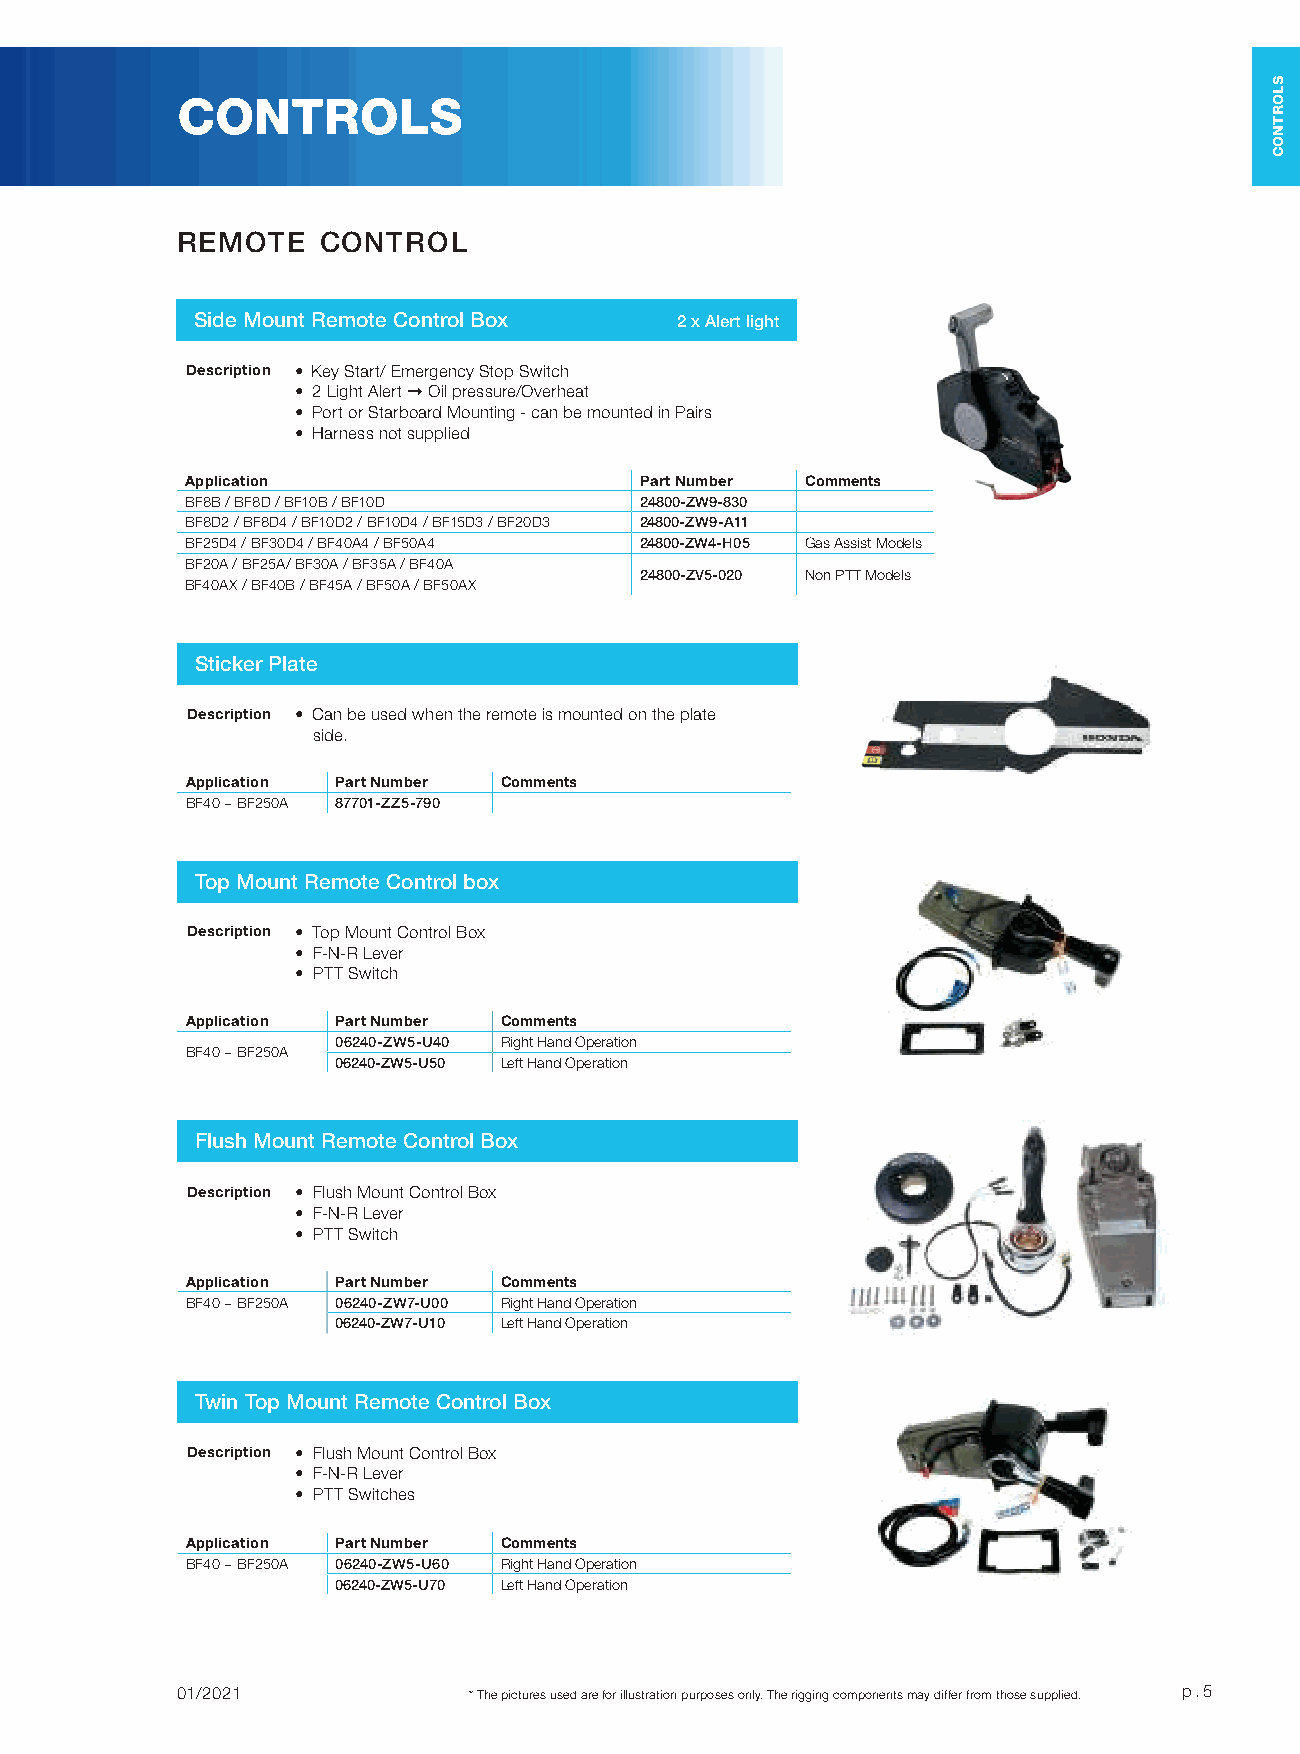
CONTROLS
 REMOTE   CONTROL
 Side Mount Remote Control Box   2 x Alert light
 Description • Key Start/ Emergency Stop Switch
 • 2 Light Alert ➞ Oil pressure/Overheat
 • Port or Starboard Mounting - can be mounted in Pairs
 • Harness not supplied
 Application                   Part Number Comments
 BF8B / BF8D / BF10B / BF10D   24800-ZW9-830
 BF8D2 / BF8D4 / BF10D2 / BF10D4 / BF15D3 / BF20D3 24800-ZW9-A11
 BF25D4 / BF30D4 / BF40A4 / BF50A4 24800-ZW4-H05 Gas Assist Models
 BF20A / BF25A/ BF30A / BF35A / BF40A
 24800-ZV5-020 Non PTT Models
 BF40AX / BF40B / BF45A / BF50A / BF50AX
 Sticker Plate
 Description • Can be used when the remote is mounted on the plate
 side.
 Application Part Number Comments
 BF40 ~ BF250A 87701-ZZ5-790
 Top Mount Remote Control box
 Description • Top Mount Control Box
 • F-N-R Lever
 • PTT Switch
 Application Part Number Comments
 06240-ZW5-U40 Right Hand Operation
 BF40 ~ BF250A
 06240-ZW5-U50 Left Hand Operation
 Flush Mount Remote Control Box
 Description • Flush Mount Control Box
 • F-N-R Lever
 • PTT Switch
 Application Part Number Comments
 BF40 ~ BF250A 06240-ZW7-U00 Right Hand Operation
 06240-ZW7-U10 Left Hand Operation
 Twin Top Mount Remote Control Box
 Description • Flush Mount Control Box
 • F-N-R Lever
 • PTT Switches
 Application Part Number Comments
 BF40 ~ BF250A 06240-ZW5-U60 Right Hand Operation
 06240-ZW5-U70 Left Hand Operation
 01/2021            * The pictures used are for illustration purposes only. The rigging components may differ from those supplied. p.5
 SLORTNOC